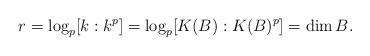
LaTeX: \begin{align*}r = \log_p[k:k^p]=\log_p[K(B):K(B)^p]=\dim B. \end{align*}